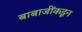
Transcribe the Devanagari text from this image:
बाबाजींकडून